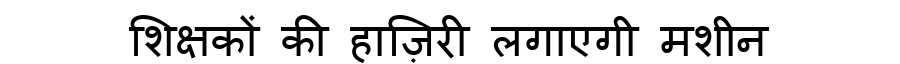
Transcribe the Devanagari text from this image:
शिक्षकों की हाज़िरी लगाएगी मशीन